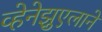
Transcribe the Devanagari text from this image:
व्हेनेझुएलाने